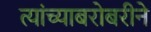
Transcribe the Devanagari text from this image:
त्यांच्याबरोबरीने